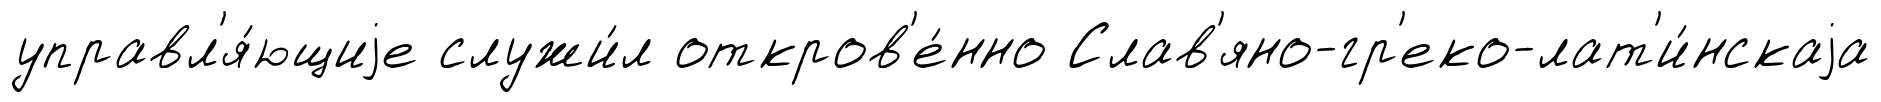
управл'я́ющиjе служи́л откров'е́нно Слав'яно-гр'еко-лат'и́нскаjа